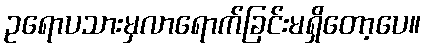
ဥရောပသားမှလာရောက်ခြင်းမရှိတော့ပေ။